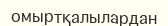
омыртқалылардан